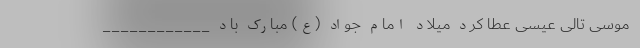
موسى تالى عیسى عطا کرد میلاد امام جواد (ع) مبارک باد ____________